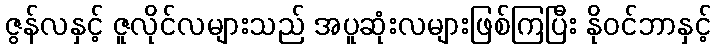
ဇွန်လနှင့် ဇူလိုင်လများသည် အပူဆုံးလများဖြစ်ကြပြီး နိုဝင်ဘာနှင့်